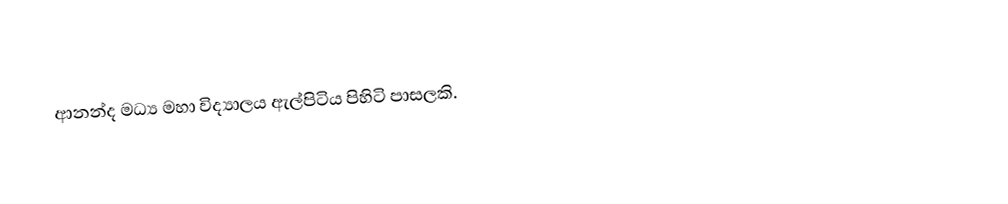
ආනන්ද මධ්‍ය මහා විද්‍යාලය ඇල්පිටිය පිහිටි පාසලකි.